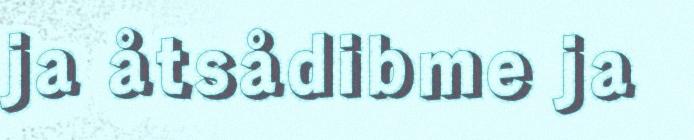
ja åtsådibme ja